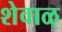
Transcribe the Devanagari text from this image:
शेवाळ्